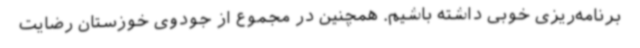
برنامه‌ریزی خوبی داشته باشیم. همچنین در مجموع از جودوی خوزستان رضایت